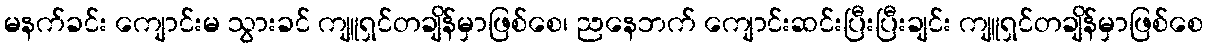
မနက်ခင်း ကျောင်းမ သွားခင် ကျူရှင်တချိန်မှာဖြစ်စေ၊ ညနေဘက် ကျောင်းဆင်းပြီးပြီးချင်း ကျူရှင်တချိန်မှာဖြစ်စေ